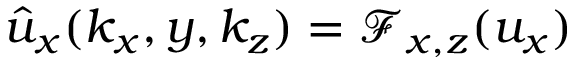
\hat { u } _ { x } ( k _ { x } , y , k _ { z } ) = \mathcal { F } _ { x , z } ( u _ { x } )